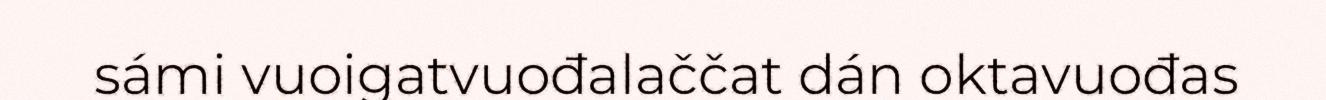
sámi vuoigatvuođalaččat dán oktavuođas